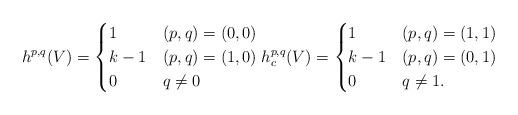
LaTeX: \begin{align*}h^{p,q}(V) = \begin{cases}1 & (p,q) = (0,0) \\k - 1 & (p,q) = (1,0) \\0 & q \neq 0\end{cases}h^{p,q}_c(V) = \begin{cases}1 & (p,q) = (1,1) \\k - 1 & (p,q) = (0,1) \\0 & q \neq 1.\end{cases}\end{align*}